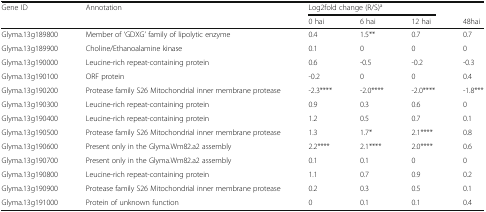
| Gene ID | Annotation | <COLSPAN=3> Log2fold change (R/S)a |  |
 |  |  | 0 hai | 6 hai | 12 hai | 48hai |
 | --- | --- | --- | --- | --- | --- |
 | Glyma.13g189800 | Member of ‘GDXG’ family of lipolytic enzyme | 0.4 | 1.5** | 0.7 | 0.7 |
 | Glyma.13g189900 | Choline/Ethanoalamine kinase | 0.1 | 0 | 0 | 0 |
 | Glyma.13g190000 | Leucine-rich repeat-containing protein | 0.6 | -0.5 | -0.2 | -0.3 |
 | Glyma.13g190100 | ORF protein | -0.2 | 0 | 0 | 0.4 |
 | Glyma.13g190200 | Protease family S26 Mitochondrial inner membrane protease | -2.3**** | -2.0**** | -2.0**** | -1.8*** |
 | Glyma.13g190300 | Leucine-rich repeat-containing protein | 0.9 | 0.3 | 0.6 | 0 |
 | Glyma.13g190400 | Leucine-rich repeat-containing protein | 1.2 | 0.5 | 0.7 | 0.1 |
 | Glyma.13g190500 | Protease family S26 Mitochondrial inner membrane protease | 1.3 | 1.7* | 2.1**** | 0.8 |
 | Glyma.13g190600 | Present only in the Glyma.Wm82.a2 assembly | 2.2**** | 2.1**** | 2.0**** | 0.6 |
 | Glyma.13g190700 | Present only in the Glyma.Wm82.a2 assembly | 0.1 | 0.1 | 0 | 0 |
 | Glyma.13g190800 | Leucine-rich repeat-containing protein | 1.1 | 0.7 | 0.9 | 0.2 |
 | Glyma.13g190900 | Protease family S26 Mitochondrial inner membrane protease | 0.2 | 0.3 | 0.5 | 0.1 |
 | Glyma.13g191000 | Protein of unknown function | 0 | 0.1 | 0.1 | 0.4 |